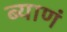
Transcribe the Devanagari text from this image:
ब्याणं